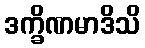
ဒက္ခိဏမာဒိသိ